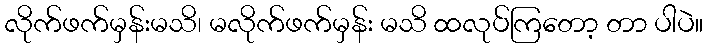
လိုက်ဖက်မှန်းမသိ၊ မလိုက်ဖက်မှန်း မသိ ထလုပ်ကြတော့ တာ ပါပဲ။